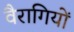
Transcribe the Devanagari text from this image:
वैरागियों